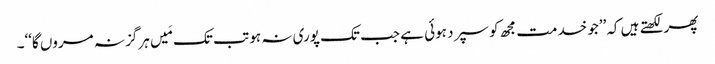
پھر لکھتے ہیں کہ’’جو خدمت مجھ کو سپرد ہوئی ہے جب تک پوری نہ ہو تب تک مَیں ہرگز نہ مروں گا‘‘۔